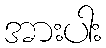
အားပါး